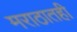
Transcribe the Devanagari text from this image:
मराठातही